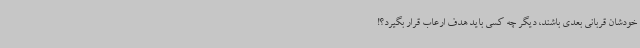
خودشان قربانی بعدی باشند، دیگر چه کسی باید هدف ارعاب قرار بگیرد؟!